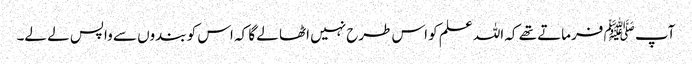
آپ ﷺ فرماتے تھے کہ اللہ علم کو اس طرح نہیں اٹھا لے گا کہ اس کو بندوں سے واپس لے لے۔